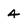
Character: 4